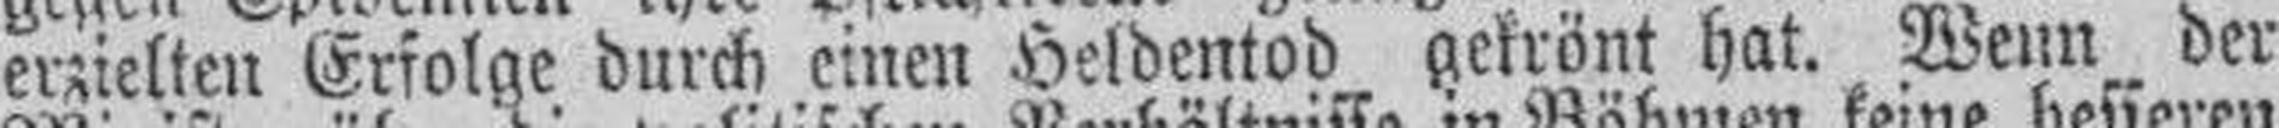
erzielten Erfolge durch einen Heldentod gekrönt hat. Wenn der